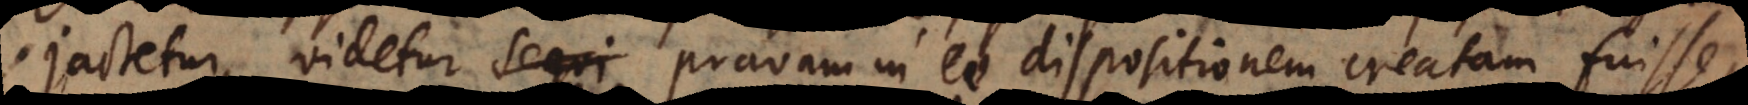
jactetur, videtur sequi pravam in eo dispositionem creatam fuisse,